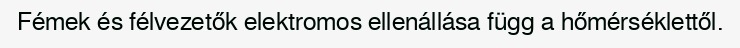
Fémek és félvezetők elektromos ellenállása függ a hőmérséklettől.